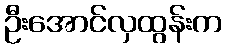
ဦးအောင်လှထွန်းက